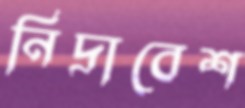
নিদ্রাবেশ